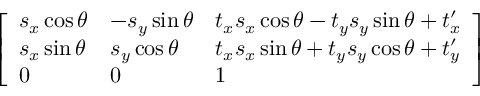
\left[ \begin{array} { l l l } { s _ { x } \cos \theta } & { - s _ { y } \sin \theta } & { t _ { x } s _ { x } \cos \theta - t _ { y } s _ { y } \sin \theta + t _ { x } ^ { \prime } } \\ { s _ { x } \sin \theta } & { s _ { y } \cos \theta } & { t _ { x } s _ { x } \sin \theta + t _ { y } s _ { y } \cos \theta + t _ { y } ^ { \prime } } \\ { 0 } & { 0 } & { 1 } \end{array} \right]